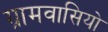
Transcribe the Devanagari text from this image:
ग्रामवासियो